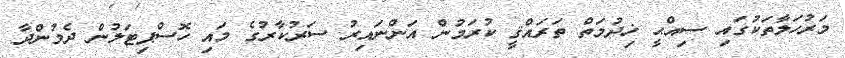
މަރުހަލާތަކުގައި ސިއްޙީ ޚިދުމަތް ތަރައްޤީ ކުރަމުން އަންނައިރު ސަރުކާރުގެ މައި ހޮސްޕިޓަލުން ދެމުންދާ